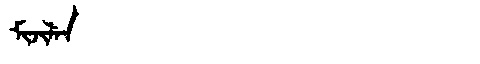
Manchu: ᠮᡳᠵᡳᠯᡝᠨ
Romanization: MIJILEN